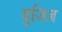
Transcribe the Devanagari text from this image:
युज़िज़